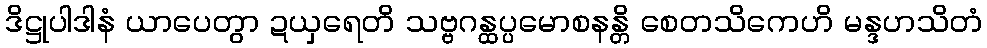
ဒိဋ္ဌုပါဒါနံ ယာပေတွာ ဍယှရေတိ သဗ္ဗဂန္ထပ္ပမောစနန္တိ စေတသိကေဟိ မန္ဒဟသိတံ